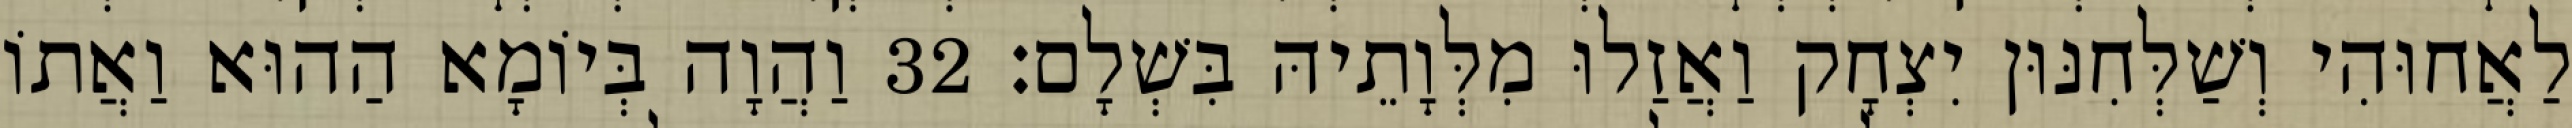
לַאֲחוּהִי וְשַׁלְּחִנּוּן יִצְחָק וַאֲזַלוּ מִלְּוָתֵיהּ בִּשְׁלָם׃ 32 וַהֲוָה בְּיוֹמָא הַהוּא וַאֲתוֹ